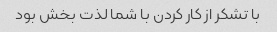
با تشکر از کار کردن با شما لذت بخش بود